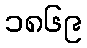
၁၈၆၉